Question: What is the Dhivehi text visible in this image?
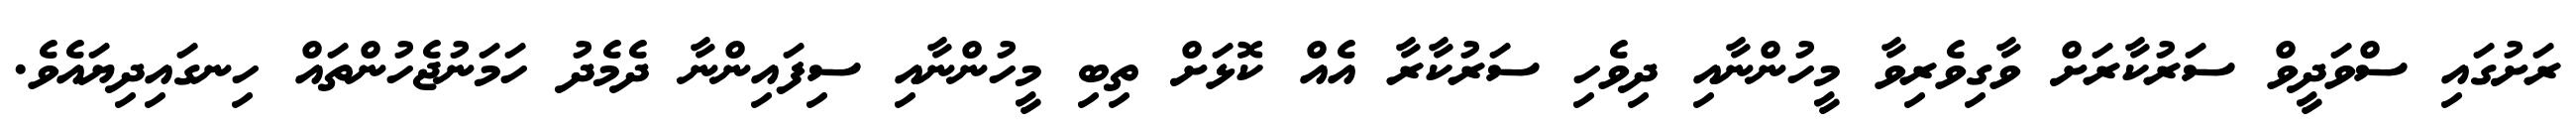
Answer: ރަށުގައި ސްވަދީވް ސަރުކާރަށް ވާގިވެރިވާ މީހުންނާއި ދިވެހި ސަރުކާރާ އެއް ކޮޅަށް ތިބި މީހުންނާއި ސިފައިންނާ ދެމެދު ހަމަނުޖެހުންތައް ހިނގައިދިޔައެވެ.